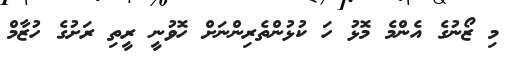
މި ޒޯނުގެ އެންމެ މޮޅު ހަ ކުޅުންތެރިންނަށް ހޮވުނީ ރީތި ރަށުގެ ހުޒާމް